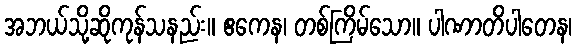
အဘယ်သို့ဆိုကုန်သနည်း။ ဧကေန၊ တစ်ကြိမ်သော။ ပါဏာတိပါတေန၊